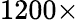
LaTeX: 1200\times